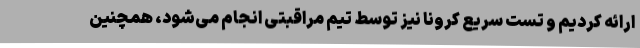
ارائه کردیم و تست سریع کرونا نیز توسط تیم مراقبتی انجام می‌شود، همچنین